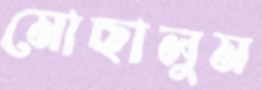
মোছালুম